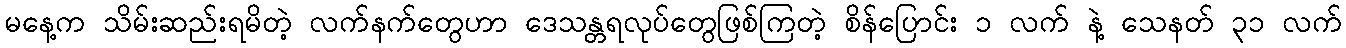
မနေ့က သိမ်းဆည်းရမိတဲ့ လက်နက်တွေဟာ ဒေသန္တရလုပ်တွေဖြစ်ကြတဲ့ စိန်ပြောင်း ၁ လက် နဲ့ သေနတ် ၃၁ လက်